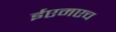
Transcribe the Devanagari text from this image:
ईएमएच